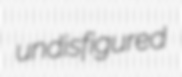
undisfigured